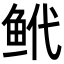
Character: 𬶌